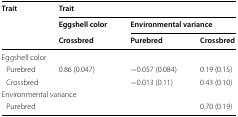
| <ROWSPAN=3> Trait | <COLSPAN=3> Trait |
 | Eggshell color | <COLSPAN=2> Environmental variance |
 | Crossbred | Purebred | Crossbred |
 | --- | --- | --- | --- |
 | <COLSPAN=4> Eggshell color |
 | Purebred | 0.86 (0.047) | −0.057 (0.084) | 0.19 (0.15) |
 | Crossbred |  | −0.013 (0.11) | 0.43 (0.10) |
 | <COLSPAN=4> Environmental variance |
 | Purebred |  |  | 0.70 (0.19) |